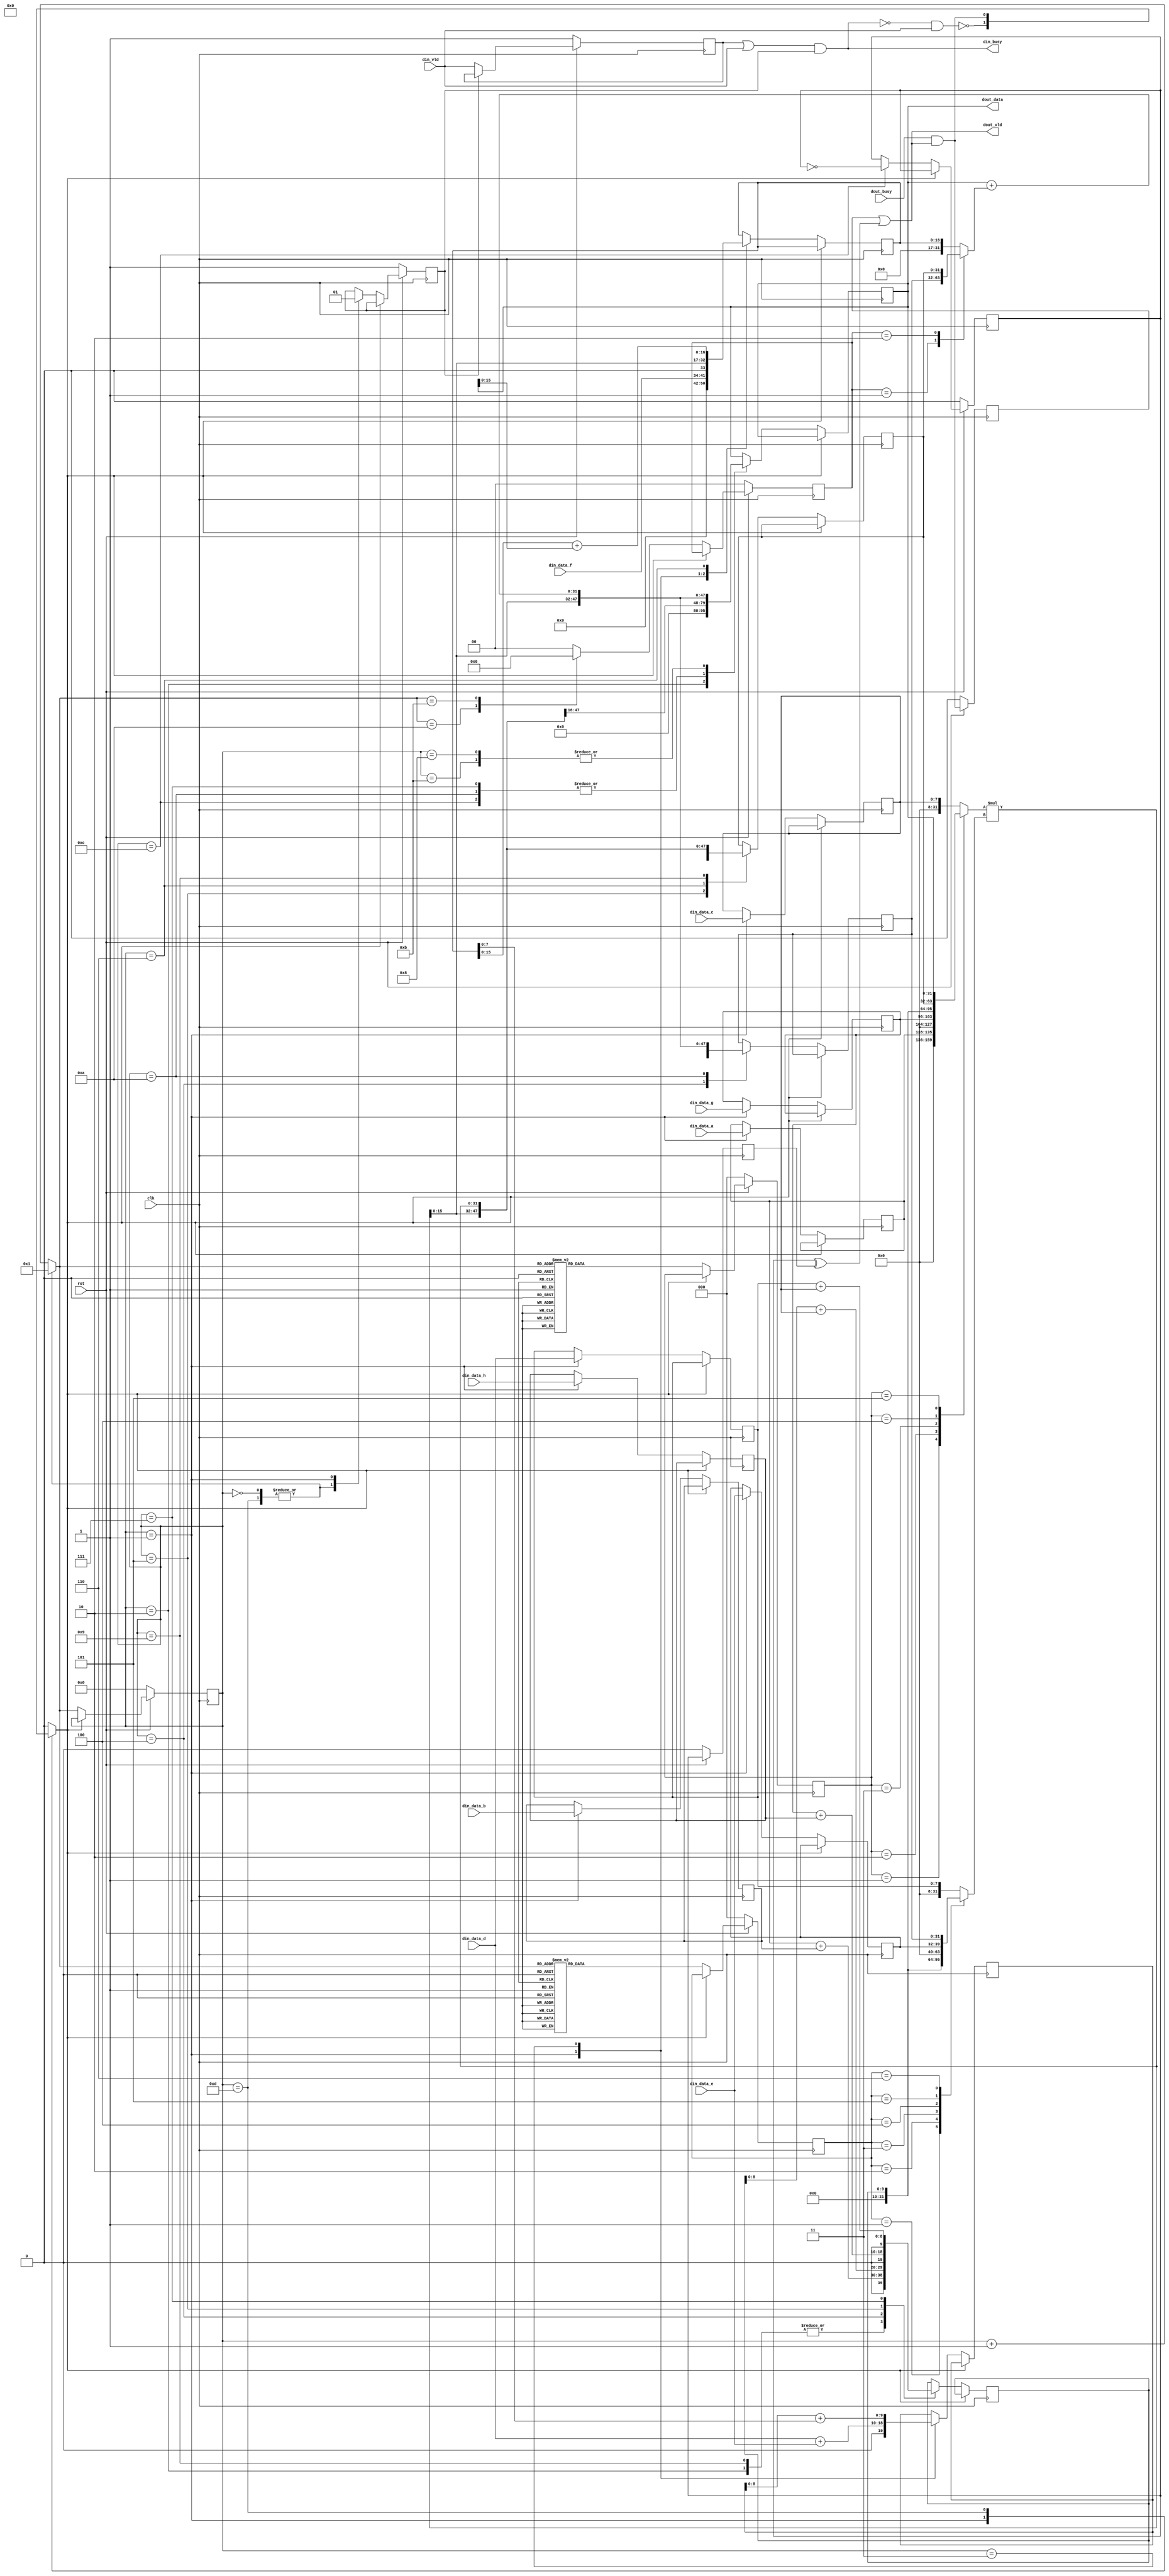
// Generated by stratus_hls 17.20-p100  (88533.190925)
// Wed Nov 18 11:32:36 2020
// from dut.cc

`timescale 1ps / 1ps

      
module dut(clk, rst, din_busy, din_vld, din_data_a, din_data_b, din_data_c, din_data_d, din_data_e, din_data_f, din_data_g, din_data_h, dout_busy, dout_vld, dout_data);

      input clk;
      input rst;
      input din_vld;
      input [7:0] din_data_a;
      input [7:0] din_data_b;
      input [7:0] din_data_c;
      input [7:0] din_data_d;
      input [7:0] din_data_e;
      input [7:0] din_data_f;
      input [7:0] din_data_g;
      input [7:0] din_data_h;
      input dout_busy;
      output din_busy;
      output dout_vld;
      output [31:0] dout_data;
      reg [31:0] dout_data;
      reg dout_m_req_m_prev_trig_req;
      reg dout_m_unacked_req;
      wire dut_Xor_1Ux1U_1U_4_9_out1;
      wire dut_Or_1Ux1U_1U_4_10_out1;
      reg dut_N_Muxb_1_2_0_4_1_out1;
      wire dut_And_1Ux1U_1U_4_5_out1;
      wire dut_Not_1U_1U_4_4_out1;
      reg din_m_unvalidated_req;
      wire dut_Or_1Ux1U_1U_4_2_out1;
      wire dut_And_1Ux1U_1U_4_3_out1;
      reg[3:0] global_state_next;
      reg[31:0] dut_Add_32Ux32U_32U_4_26_in1;
      reg[1:0] gs_ctrl2;
      reg[31:0] dut_Mul_32Ux32U_32U_4_14_in1;
      reg[2:0] gs_ctrl1;
      reg[31:0] dut_Mul_32Ux32U_32U_4_14_in2;
      reg[2:0] gs_ctrl0;
      reg[31:0] s_reg_52;
      wire[8:0] dut_Add_8Ux8U_9U_4_25_out1;
      wire[8:0] dut_Add_8Ux8U_9U_4_20_out1;
      wire[9:0] dut_Add_9Ux8U_10U_4_19_out1;
      wire[8:0] dut_Add_8Ux8U_9U_4_15_out1;
      reg[9:0] s_reg_51;
      reg[31:0] s_reg_50;
      wire[16:0] dut_Add_16Ux16U_17U_4_23_out1;
      reg[16:0] s_reg_49;
      wire[9:0] dut_Add_9Ux8U_10U_4_17_out1;
      wire[8:0] dut_Add_8Ux8U_9U_4_13_out1;
      reg[9:0] s_reg_48;
      reg[7:0] s_reg_47;
      reg[7:0] s_reg_46;
      reg[7:0] s_reg_45;
      reg[7:0] s_reg_44;
      reg[7:0] s_reg_43;
      reg[7:0] s_reg_42;
      reg[7:0] s_reg_41;
      wire dut_Not_1U_1U_4_6_out1;
      wire dut_And_1Ux1U_1U_4_11_out1;
      wire dut_Not_1U_1U_4_12_out1;
      reg dout_m_req_m_trig_req;
      reg din_m_busy_req_0;
      wire[31:0] dut_Add_32Ux32U_32U_4_26_out1;
      wire[31:0] dut_Mul_32Ux32U_32U_4_14_out1;
      reg[3:0] global_state;
      reg stall0;

         // resource: mux_32bx3i
         // resource: regr_32
         always @(posedge clk)
          begin :drive_dout_data
            if (stall0) begin
            end
            else begin
               case (global_state) 

                  4'd02: begin
                     dout_data <= {16'b0000000000000000, dut_Mul_32Ux32U_32U_4_14_out1[15:0]};
                  end
                  
                  4'd07, 4'd10, 4'd12: begin
                     dout_data <= dut_Mul_32Ux32U_32U_4_14_out1;
                  end
                  
                  4'd08, 4'd11: begin
                     dout_data <= dut_Add_32Ux32U_32U_4_26_out1;
                  end
                  
               endcase

            end
         end

         // resource: mux_1bx2i
         // resource: regr_1
         always @(posedge clk)
          begin :drive_din_m_busy_req_0
            if (rst == 1'b0) begin
               din_m_busy_req_0 <= 1'd1;
            end
            else begin
               if (stall0) begin
               end
               else begin
                  case (global_state) 

                     4'd00, 4'd13: begin
                        din_m_busy_req_0 <= 1'd0;
                     end
                     
                     4'd01: begin
                        din_m_busy_req_0 <= 1'd1;
                     end
                     
                  endcase

               end
            end
         end

         // resource: regr_1
         always @(posedge clk)
          begin :drive_dout_m_req_m_trig_req
            if (rst == 1'b0) begin
               dout_m_req_m_trig_req <= 1'd0;
            end
            else begin
               if (stall0) begin
               end
               else begin
                  case (global_state) 

                     4'd12: begin
                        dout_m_req_m_trig_req <= dut_Not_1U_1U_4_12_out1;
                     end
                     
                  endcase

               end
            end
         end

         // resource: mux_1bx3i
         always @(dut_Not_1U_1U_4_6_out1 or dut_And_1Ux1U_1U_4_11_out1 or global_state)
          begin :drive_stall0
            case (global_state) 

               4'd01: begin
                  stall0 = dut_Not_1U_1U_4_6_out1;
               end
               
               4'd13: begin
                  stall0 = dut_And_1Ux1U_1U_4_11_out1;
               end
               
               default: begin
                  stall0 = 1'b0;
               end
               
            endcase

         end

         // resource: regr_8
         always @(posedge clk)
          begin :drive_s_reg_41
            if (stall0) begin
            end
            else begin
               case (global_state) 

                  4'd01: begin
                     s_reg_41 <= din_data_a;
                  end
                  
               endcase

            end
         end

         // resource: regr_8
         always @(posedge clk)
          begin :drive_s_reg_42
            if (stall0) begin
            end
            else begin
               case (global_state) 

                  4'd01: begin
                     s_reg_42 <= din_data_b;
                  end
                  
               endcase

            end
         end

         // resource: regr_8
         always @(posedge clk)
          begin :drive_s_reg_43
            if (stall0) begin
            end
            else begin
               case (global_state) 

                  4'd01: begin
                     s_reg_43 <= din_data_d;
                  end
                  
               endcase

            end
         end

         // resource: regr_8
         always @(posedge clk)
          begin :drive_s_reg_44
            if (stall0) begin
            end
            else begin
               case (global_state) 

                  4'd01: begin
                     s_reg_44 <= din_data_e;
                  end
                  
               endcase

            end
         end

         // resource: regr_8
         always @(posedge clk)
          begin :drive_s_reg_45
            if (stall0) begin
            end
            else begin
               case (global_state) 

                  4'd01: begin
                     s_reg_45 <= din_data_c;
                  end
                  
               endcase

            end
         end

         // resource: regr_8
         always @(posedge clk)
          begin :drive_s_reg_46
            if (stall0) begin
            end
            else begin
               case (global_state) 

                  4'd01: begin
                     s_reg_46 <= din_data_g;
                  end
                  
               endcase

            end
         end

         // resource: regr_8
         always @(posedge clk)
          begin :drive_s_reg_47
            if (stall0) begin
            end
            else begin
               case (global_state) 

                  4'd01: begin
                     s_reg_47 <= din_data_h;
                  end
                  
               endcase

            end
         end

         // resource: mux_10bx2i
         // resource: regr_10
         always @(posedge clk)
          begin :drive_s_reg_48
            if (stall0) begin
            end
            else begin
               case (global_state) 

                  4'd01: begin
                     s_reg_48 <= {1'b0, dut_Add_8Ux8U_9U_4_13_out1};
                  end
                  
                  4'd03: begin
                     s_reg_48 <= dut_Add_9Ux8U_10U_4_17_out1;
                  end
                  
               endcase

            end
         end

         // resource: mux_17bx3i
         // resource: regr_17
         always @(posedge clk)
          begin :drive_s_reg_49
            if (stall0) begin
            end
            else begin
               case (global_state) 

                  4'd01: begin
                     s_reg_49 <= {9'b000000000, din_data_f};
                  end
                  
                  4'd03: begin
                     s_reg_49 <= {1'b0, dut_Mul_32Ux32U_32U_4_14_out1[15:0]};
                  end
                  
                  4'd06: begin
                     s_reg_49 <= dut_Add_16Ux16U_17U_4_23_out1;
                  end
                  
               endcase

            end
         end

         // resource: mux_32bx2i
         // resource: regr_32
         always @(posedge clk)
          begin :drive_s_reg_50
            if (stall0) begin
            end
            else begin
               case (global_state) 

                  4'd04: begin
                     s_reg_50 <= {16'b0000000000000000, dut_Mul_32Ux32U_32U_4_14_out1[15:0]};
                  end
                  
                  4'd10: begin
                     s_reg_50 <= dut_Add_32Ux32U_32U_4_26_out1;
                  end
                  
               endcase

            end
         end

         // resource: mux_10bx4i
         // resource: regr_10
         always @(posedge clk)
          begin :drive_s_reg_51
            if (stall0) begin
            end
            else begin
               case (global_state) 

                  4'd02, 4'd09: begin
                     s_reg_51 <= {1'b0, dut_Add_8Ux8U_9U_4_15_out1};
                  end
                  
                  4'd04: begin
                     s_reg_51 <= dut_Add_9Ux8U_10U_4_19_out1;
                  end
                  
                  4'd05: begin
                     s_reg_51 <= {1'b0, dut_Add_8Ux8U_9U_4_20_out1};
                  end
                  
                  4'd07: begin
                     s_reg_51 <= {1'b0, dut_Add_8Ux8U_9U_4_25_out1};
                  end
                  
               endcase

            end
         end

         // resource: mux_32bx3i
         // resource: regr_32
         always @(posedge clk)
          begin :drive_s_reg_52
            if (stall0) begin
            end
            else begin
               case (global_state) 

                  4'd05: begin
                     s_reg_52 <= {12'b000000000000, dut_Mul_32Ux32U_32U_4_14_out1[19:0]};
                  end
                  
                  4'd06: begin
                     s_reg_52 <= {3'b000, dut_Mul_32Ux32U_32U_4_14_out1[28:0]};
                  end
                  
                  4'd09: begin
                     s_reg_52 <= dut_Mul_32Ux32U_32U_4_14_out1;
                  end
                  
               endcase

            end
         end

         // resource: dut_Add_8Ux8U_9U_4  instance: dut_Add_8Ux8U_9U_4_13
         assign dut_Add_8Ux8U_9U_4_13_out1 = {1'b0, din_data_d} + {1'b0, din_data_e};

         // resource: mux_32bx6i
         always @(dout_data or s_reg_41 or s_reg_45 or s_reg_46 or s_reg_51 or s_reg_52 or gs_ctrl0)
          begin :drive_dut_Mul_32Ux32U_32U_4_14_in2
            case (gs_ctrl0) 

               3'd1: begin
                  dut_Mul_32Ux32U_32U_4_14_in2 = {24'b000000000000000000000000, s_reg_41};
               end
               
               3'd2: begin
                  dut_Mul_32Ux32U_32U_4_14_in2 = {24'b000000000000000000000000, s_reg_46};
               end
               
               3'd3: begin
                  dut_Mul_32Ux32U_32U_4_14_in2 = {22'b0000000000000000000000, s_reg_51};
               end
               
               3'd4: begin
                  dut_Mul_32Ux32U_32U_4_14_in2 = s_reg_52;
               end
               
               3'd5: begin
                  dut_Mul_32Ux32U_32U_4_14_in2 = dout_data;
               end
               
               default: begin
                  dut_Mul_32Ux32U_32U_4_14_in2 = {24'b000000000000000000000000, s_reg_45};
               end
               
            endcase

         end

         // resource: mux_32bx7i
         always @(s_reg_42 or s_reg_43 or s_reg_44 or s_reg_47 or s_reg_48 or s_reg_50 or s_reg_51 or gs_ctrl1)
          begin :drive_dut_Mul_32Ux32U_32U_4_14_in1
            case (gs_ctrl1) 

               3'd1: begin
                  dut_Mul_32Ux32U_32U_4_14_in1 = {24'b000000000000000000000000, s_reg_42};
               end
               
               3'd2: begin
                  dut_Mul_32Ux32U_32U_4_14_in1 = {24'b000000000000000000000000, s_reg_47};
               end
               
               3'd3: begin
                  dut_Mul_32Ux32U_32U_4_14_in1 = {22'b0000000000000000000000, s_reg_48};
               end
               
               3'd4: begin
                  dut_Mul_32Ux32U_32U_4_14_in1 = {22'b0000000000000000000000, s_reg_51};
               end
               
               3'd5: begin
                  dut_Mul_32Ux32U_32U_4_14_in1 = {24'b000000000000000000000000, s_reg_44};
               end
               
               3'd6: begin
                  dut_Mul_32Ux32U_32U_4_14_in1 = s_reg_50;
               end
               
               default: begin
                  dut_Mul_32Ux32U_32U_4_14_in1 = {24'b000000000000000000000000, s_reg_43};
               end
               
            endcase

         end

         // resource: dut_Mul_32Ux32U_32U_4  instance: dut_Mul_32Ux32U_32U_4_14
         assign dut_Mul_32Ux32U_32U_4_14_out1 = dut_Mul_32Ux32U_32U_4_14_in2*dut_Mul_32Ux32U_32U_4_14_in1;

         // resource: dut_Add_8Ux8U_9U_4  instance: dut_Add_8Ux8U_9U_4_15
         assign dut_Add_8Ux8U_9U_4_15_out1 = {1'b0, s_reg_41} + {1'b0, s_reg_42};

         // resource: dut_Add_9Ux8U_10U_4  instance: dut_Add_9Ux8U_10U_4_17
         assign dut_Add_9Ux8U_10U_4_17_out1 = {1'b0, s_reg_48[8:0]} + {2'b00, s_reg_49[7:0]};

         // resource: dut_Add_9Ux8U_10U_4  instance: dut_Add_9Ux8U_10U_4_19
         assign dut_Add_9Ux8U_10U_4_19_out1 = {1'b0, s_reg_51[8:0]} + {2'b00, s_reg_45};

         // resource: dut_Add_8Ux8U_9U_4  instance: dut_Add_8Ux8U_9U_4_20
         assign dut_Add_8Ux8U_9U_4_20_out1 = {1'b0, s_reg_46} + {1'b0, s_reg_47};

         // resource: dut_Add_16Ux16U_17U_4  instance: dut_Add_16Ux16U_17U_4_23
         assign dut_Add_16Ux16U_17U_4_23_out1 = {1'b0, s_reg_49[15:0]} + {1'b0, dout_data[15:0]};

         // resource: dut_Add_8Ux8U_9U_4  instance: dut_Add_8Ux8U_9U_4_25
         assign dut_Add_8Ux8U_9U_4_25_out1 = {1'b0, s_reg_43} + {1'b0, s_reg_45};

         // resource: mux_32bx3i
         always @(s_reg_49 or s_reg_50 or s_reg_52 or gs_ctrl2)
          begin :drive_dut_Add_32Ux32U_32U_4_26_in1
            case (gs_ctrl2) 

               2'd1: begin
                  dut_Add_32Ux32U_32U_4_26_in1 = s_reg_50;
               end
               
               2'd2: begin
                  dut_Add_32Ux32U_32U_4_26_in1 = s_reg_52;
               end
               
               default: begin
                  dut_Add_32Ux32U_32U_4_26_in1 = {15'b000000000000000, s_reg_49};
               end
               
            endcase

         end

         // resource: dut_Add_32Ux32U_32U_4  instance: dut_Add_32Ux32U_32U_4_26
         assign dut_Add_32Ux32U_32U_4_26_out1 = dout_data + dut_Add_32Ux32U_32U_4_26_in1;

         // resource: regr_4
         always @(posedge clk)
          begin :drive_global_state
            if (rst == 1'b0) begin
               global_state <= 4'd00;
            end
            else begin
               if (stall0) begin
               end
               else begin
                  global_state <= global_state_next;
               end
            end
         end

         // resource: mux_4bx2i
         always @(global_state)
          begin :drive_global_state_next
            case (global_state) 

               4'd00, 4'd13: begin
                  global_state_next = 4'd01;
               end
               
               default: begin
                  global_state_next = global_state + 4'd01;
               end
               
            endcase

         end

         // resource: mux_3bx6i
         // resource: regr_3
         always @(posedge clk)
          begin :drive_gs_ctrl0
            if (rst == 1'b0) begin
               gs_ctrl0 <= 3'd0;
            end
            else begin
               if (stall0) begin
               end
               else begin
                  case (global_state_next) 

                     4'd03: begin
                        gs_ctrl0 <= 3'd1;
                     end
                     
                     4'd04: begin
                        gs_ctrl0 <= 3'd2;
                     end
                     
                     4'd05: begin
                        gs_ctrl0 <= 3'd3;
                     end
                     
                     4'd06, 4'd07, 4'd09: begin
                        gs_ctrl0 <= 3'd4;
                     end
                     
                     4'd10, 4'd12: begin
                        gs_ctrl0 <= 3'd5;
                     end
                     
                     default: begin
                        gs_ctrl0 <= 3'd0;
                     end
                     
                  endcase

               end
            end
         end

         // resource: mux_3bx7i
         // resource: regr_3
         always @(posedge clk)
          begin :drive_gs_ctrl1
            if (rst == 1'b0) begin
               gs_ctrl1 <= 3'd0;
            end
            else begin
               if (stall0) begin
               end
               else begin
                  case (global_state_next) 

                     4'd03: begin
                        gs_ctrl1 <= 3'd1;
                     end
                     
                     4'd04: begin
                        gs_ctrl1 <= 3'd2;
                     end
                     
                     4'd05: begin
                        gs_ctrl1 <= 3'd3;
                     end
                     
                     4'd06, 4'd09, 4'd10: begin
                        gs_ctrl1 <= 3'd4;
                     end
                     
                     4'd07: begin
                        gs_ctrl1 <= 3'd5;
                     end
                     
                     4'd12: begin
                        gs_ctrl1 <= 3'd6;
                     end
                     
                     default: begin
                        gs_ctrl1 <= 3'd0;
                     end
                     
                  endcase

               end
            end
         end

         // resource: mux_2bx3i
         // resource: regr_2
         always @(posedge clk)
          begin :drive_gs_ctrl2
            if (rst == 1'b0) begin
               gs_ctrl2 <= 2'd0;
            end
            else begin
               if (stall0) begin
               end
               else begin
                  case (global_state_next) 

                     4'd10: begin
                        gs_ctrl2 <= 2'd1;
                     end
                     
                     4'd11: begin
                        gs_ctrl2 <= 2'd2;
                     end
                     
                     default: begin
                        gs_ctrl2 <= 2'd0;
                     end
                     
                  endcase

               end
            end
         end

         // thread: drive_din_busy
         assign din_busy = dut_And_1Ux1U_1U_4_3_out1;

         // resource: dut_Or_1Ux1U_1U_4  instance: dut_Or_1Ux1U_1U_4_2
         assign dut_Or_1Ux1U_1U_4_2_out1 = din_m_unvalidated_req | din_vld;

         // resource: dut_And_1Ux1U_1U_4  instance: dut_And_1Ux1U_1U_4_3
         assign dut_And_1Ux1U_1U_4_3_out1 = dut_Or_1Ux1U_1U_4_2_out1 & din_m_busy_req_0;

         // resource: dut_Not_1U_1U_4  instance: dut_Not_1U_1U_4_4
         assign dut_Not_1U_1U_4_4_out1 = !dut_And_1Ux1U_1U_4_3_out1;

         // resource: dut_And_1Ux1U_1U_4  instance: dut_And_1Ux1U_1U_4_5
         assign dut_And_1Ux1U_1U_4_5_out1 = dut_Not_1U_1U_4_4_out1 & din_vld;

         // resource: dut_Not_1U_1U_4  instance: dut_Not_1U_1U_4_6
         assign dut_Not_1U_1U_4_6_out1 = !dut_And_1Ux1U_1U_4_5_out1;

         // resource: regr_1
         always @(posedge clk)
          begin :drive_din_m_unvalidated_req
            if (rst == 1'b0) begin
               din_m_unvalidated_req <= 1'd1;
            end
            else begin
               din_m_unvalidated_req <= dut_N_Muxb_1_2_0_4_1_out1;
            end
         end

         // resource:dut_N_Muxb_1_2_0_4
         always @(din_vld or din_m_busy_req_0 or din_m_unvalidated_req)
          begin :dut_N_Muxb_1_2_0_4_1
            if (din_m_busy_req_0) begin
               dut_N_Muxb_1_2_0_4_1_out1 = din_m_unvalidated_req;
            end
            else begin
               dut_N_Muxb_1_2_0_4_1_out1 = din_vld;
            end
         end

         // thread: drive_dout_vld
         assign dout_vld = dut_Or_1Ux1U_1U_4_10_out1;

         // resource: dut_Or_1Ux1U_1U_4  instance: dut_Or_1Ux1U_1U_4_10
         assign dut_Or_1Ux1U_1U_4_10_out1 = dout_m_unacked_req | dut_Xor_1Ux1U_1U_4_9_out1;

         // resource: regr_1
         always @(posedge clk)
          begin :drive_dout_m_unacked_req
            if (rst == 1'b0) begin
               dout_m_unacked_req <= 1'd0;
            end
            else begin
               dout_m_unacked_req <= dut_And_1Ux1U_1U_4_11_out1;
            end
         end

         // resource: dut_And_1Ux1U_1U_4  instance: dut_And_1Ux1U_1U_4_11
         assign dut_And_1Ux1U_1U_4_11_out1 = dout_busy & dout_vld;

         // resource: dut_Xor_1Ux1U_1U_4  instance: dut_Xor_1Ux1U_1U_4_9
         assign dut_Xor_1Ux1U_1U_4_9_out1 = dout_m_req_m_trig_req ^ dout_m_req_m_prev_trig_req;

         // resource: regr_1
         always @(posedge clk)
          begin :drive_dout_m_req_m_prev_trig_req
            if (rst == 1'b0) begin
               dout_m_req_m_prev_trig_req <= 1'd0;
            end
            else begin
               dout_m_req_m_prev_trig_req <= dout_m_req_m_trig_req;
            end
         end

         // resource: dut_Not_1U_1U_4  instance: dut_Not_1U_1U_4_12
         assign dut_Not_1U_1U_4_12_out1 = !dout_m_req_m_trig_req;


endmodule